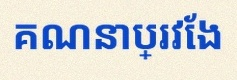
គណនាប្រវែង